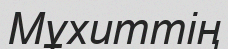
Мұхиттің